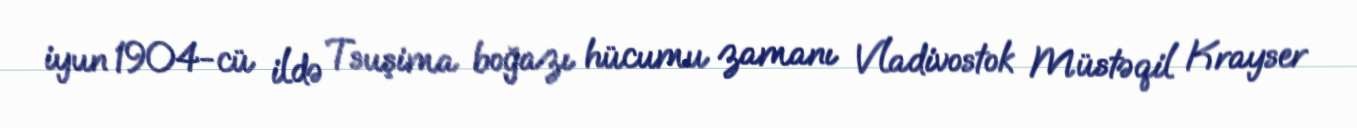
iyun 1904-cü ildə Tsuşima boğazı hücumu zamanı Vladivostok Müstəqil Krayser